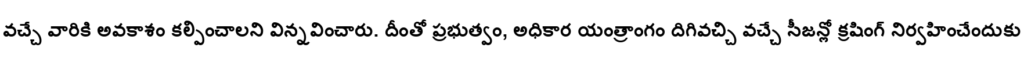
వచ్చే వారికి అవకాశం కల్పించాలని విన్నవించారు. దీంతో ప్రభుత్వం, అధికార యంత్రాంగం దిగివచ్చి వచ్చే సీజన్లో క్రషింగ్ నిర్వహించేందుకు